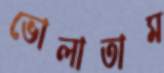
ভোলাতাম